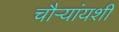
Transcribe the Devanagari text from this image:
चौऱ्यांयशीं